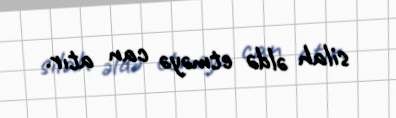
silah əldə etməyə can atır.